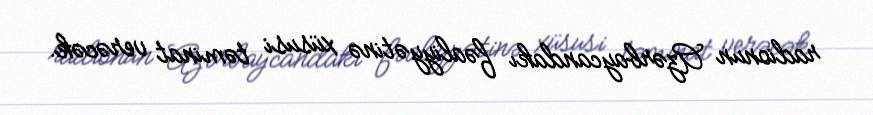
radionun Azərbaycandakı fəaliyyətinə xüsusi təminat verəcək.